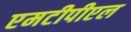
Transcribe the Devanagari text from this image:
एमटीपीएल